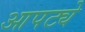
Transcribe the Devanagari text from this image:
आपट्ये